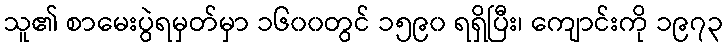
သူ၏ စာမေးပွဲရမှတ်မှာ ၁၆၀၀တွင် ၁၅၉၀ ရရှိပြီး၊ ကျောင်းကို ၁၉၇၃